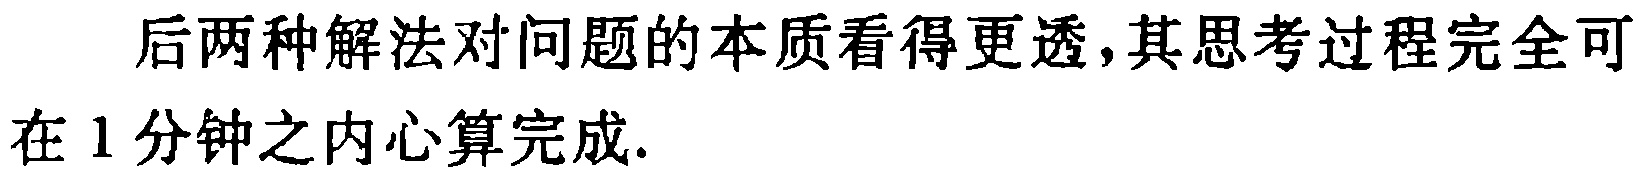
后两种解法对问题的本质看得更透,其思考过程完全可在 1 分钟之内心算完成.